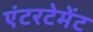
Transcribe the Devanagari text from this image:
एंटरटेमेंट